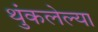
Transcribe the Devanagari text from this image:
थुंकलेल्या